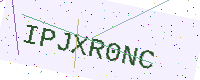
Text: IPJXR0NC